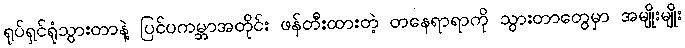
ရုပ်ရှင်ရုံသွားတာနဲ့ ပြင်ပကမ္ဘာအတိုင်း ဖန်တီးထားတဲ့ တနေရာရာကို သွားတာတွေမှာ အမျိုးမျိုး